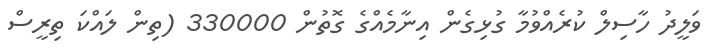
ވަލީދު ހާސިލް ކުރެއްވުމާ ގުޅިގެން އިނާމެއްގެ ގޮތުން 330000 (ތިން ލައްކަ ތިރީސް